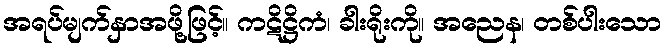
အရပ်မျက်နှာအဖို့ဖြင့်။ ကဋိဋ္ဌိကံ၊ ခါးရိုးကို။ အညေန၊ တစ်ပါးသော